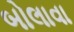
બોલાવા